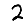
Digit: 2